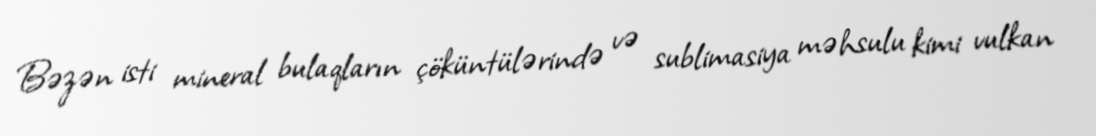
Bəzən isti mineral bulaqların çöküntülərində və sublimasiya məhsulu kimi vulkan